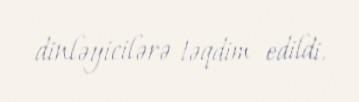
dinləyicilərə təqdim edildi.